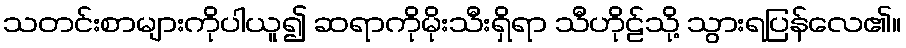
သတင်းစာများကိုပါယူ၍ ဆရာကိုမိုးသီးရှိရာ သီဟိုဠ်သို့ သွားရပြန်လေ၏။